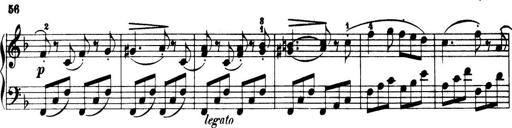
Title: 32 Sonatinas and Rondos for the Piano
Composer: Richard Kleinmichel